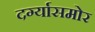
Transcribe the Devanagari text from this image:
दर्ग्यासमोर